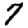
Digit: 7